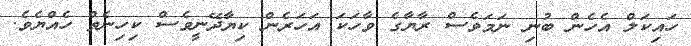
ހައިކަލް އެހެން ބުނި ނަމަވެސް ރާޔާގެ ވާހަކަ އަހަރެން ކިޔާދޭނީވެސް ކިހިނެތް ހެއްޔެވެ.